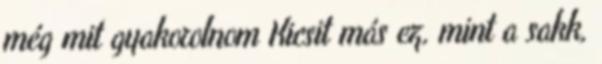
még mit gyakorolnom Kicsit más ez, mint a sakk,